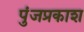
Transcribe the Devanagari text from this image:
पुंजप्रकाश